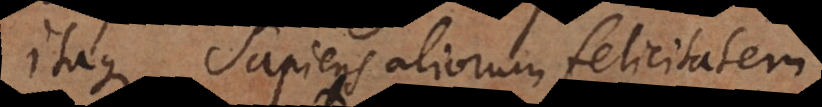
Itaque sapiens aliorum felicitatem